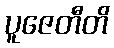
ပူဇေတီတိ